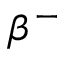
\beta ^ { - }